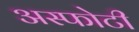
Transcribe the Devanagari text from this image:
अस्फोटी